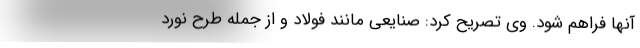
آنها فراهم شود. وی تصریح کرد: صنایعی مانند فولاد و از جمله طرح نورد